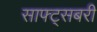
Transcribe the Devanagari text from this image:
साफ्ट्सबरी